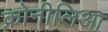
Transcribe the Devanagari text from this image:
क्रोनीलिआ